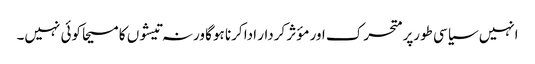
انہیں سیاسی طورپر متحرک اور مؤثر کردار ادا کرنا ہوگا ورنہ تیشوں کا مسیحا کوئی نہیں۔